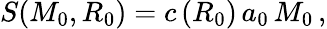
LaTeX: S(M_{0},R_{0})=c\, (R_{0})\, a_{0}\, M_{0}\, ,